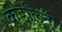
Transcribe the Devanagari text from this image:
कुंडलिनी